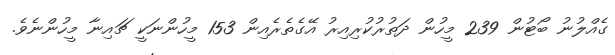
ގެއްލުނު ބޯޓުން 239 މީހުން ދަތުރުކުރިއިރު އޭގެތެރެއިން 153 މީހުންނަކީ ޗައިނާ މީހުންނެވެ.